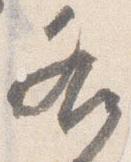
各